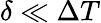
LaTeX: \delta\ll\Delta T